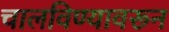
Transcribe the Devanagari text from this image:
चालविण्यावरून